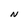
Character: N